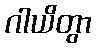
ဂါယိတွာ